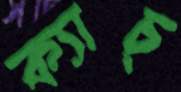
ক্যাচ্